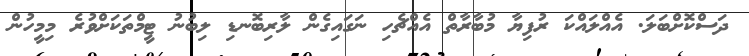
ދަސްކޮށްބަލަ. އެއްލައްކަ ރުފިޔާ މުބާރާތް އެއްޗެހި ނަގައިގެން ލާރިބޮނޑި ލިބުނު ޓީމްތަކަށްވުރެ މިމީހުން